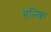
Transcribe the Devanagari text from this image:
हल्कि